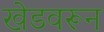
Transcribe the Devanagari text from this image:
खेडवरून